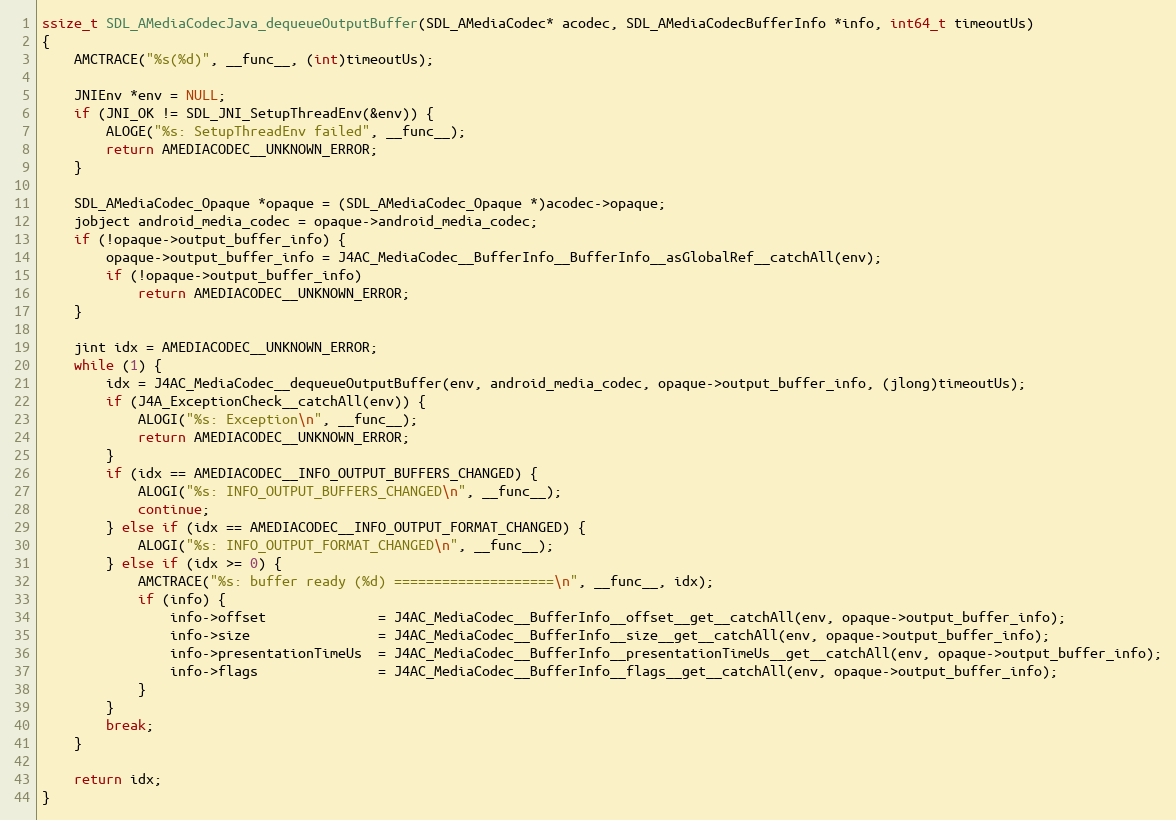
Language: C
ssize_t SDL_AMediaCodecJava_dequeueOutputBuffer(SDL_AMediaCodec* acodec, SDL_AMediaCodecBufferInfo *info, int64_t timeoutUs)
{
    AMCTRACE("%s(%d)", __func__, (int)timeoutUs);

    JNIEnv *env = NULL;
    if (JNI_OK != SDL_JNI_SetupThreadEnv(&env)) {
        ALOGE("%s: SetupThreadEnv failed", __func__);
        return AMEDIACODEC__UNKNOWN_ERROR;
    }

    SDL_AMediaCodec_Opaque *opaque = (SDL_AMediaCodec_Opaque *)acodec->opaque;
    jobject android_media_codec = opaque->android_media_codec;
    if (!opaque->output_buffer_info) {
        opaque->output_buffer_info = J4AC_MediaCodec__BufferInfo__BufferInfo__asGlobalRef__catchAll(env);
        if (!opaque->output_buffer_info)
            return AMEDIACODEC__UNKNOWN_ERROR;
    }

    jint idx = AMEDIACODEC__UNKNOWN_ERROR;
    while (1) {
        idx = J4AC_MediaCodec__dequeueOutputBuffer(env, android_media_codec, opaque->output_buffer_info, (jlong)timeoutUs);
        if (J4A_ExceptionCheck__catchAll(env)) {
            ALOGI("%s: Exception\n", __func__);
            return AMEDIACODEC__UNKNOWN_ERROR;
        }
        if (idx == AMEDIACODEC__INFO_OUTPUT_BUFFERS_CHANGED) {
            ALOGI("%s: INFO_OUTPUT_BUFFERS_CHANGED\n", __func__);
            continue;
        } else if (idx == AMEDIACODEC__INFO_OUTPUT_FORMAT_CHANGED) {
            ALOGI("%s: INFO_OUTPUT_FORMAT_CHANGED\n", __func__);
        } else if (idx >= 0) {
            AMCTRACE("%s: buffer ready (%d) ====================\n", __func__, idx);
            if (info) {
                info->offset              = J4AC_MediaCodec__BufferInfo__offset__get__catchAll(env, opaque->output_buffer_info);
                info->size                = J4AC_MediaCodec__BufferInfo__size__get__catchAll(env, opaque->output_buffer_info);
                info->presentationTimeUs  = J4AC_MediaCodec__BufferInfo__presentationTimeUs__get__catchAll(env, opaque->output_buffer_info);
                info->flags               = J4AC_MediaCodec__BufferInfo__flags__get__catchAll(env, opaque->output_buffer_info);
            }
        }
        break;
    }

    return idx;
}